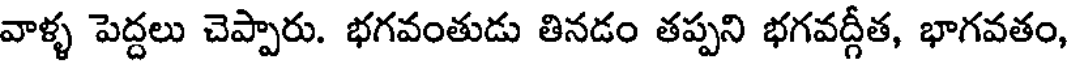
వాళ్ళ పెద్దలు చెప్పారు. భగవంతుడు తినడం తప్పని భగవద్గీత, భాగవతం,